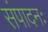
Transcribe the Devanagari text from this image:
संपादनः